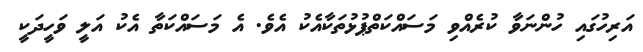
އަރިހުގައި ހުންނަވާ ކުރެއްވި މަސައްކަތްޕުޅުތަކާއެކު އެވެ. އެ މަސައްކަތާ އެކު އަލީ ވަހީދަކީ